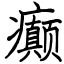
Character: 癫